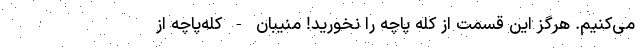
می‌کنیم. هرگز این قسمت از کله پاچه را نخورید! منیبان - کله‌پاچه از